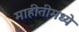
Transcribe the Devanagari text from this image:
माहीतीमध्ये